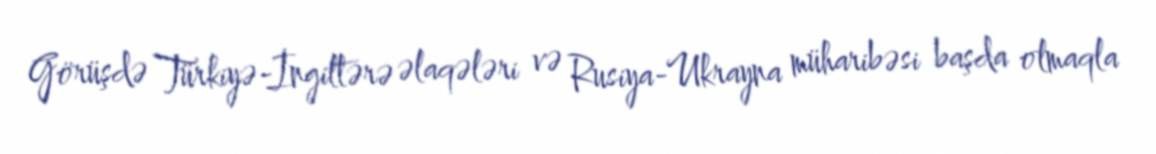
Görüşdə Türkiyə-İngiltərə əlaqələri və Rusiya-Ukrayna müharibəsi başda olmaqla